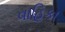
વાહિકા